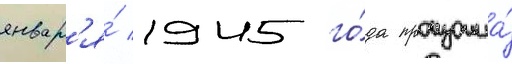
январ'я́ 1945 го́да произошла́